King Institute of Preventive Medicine Micro-Biological Section reports 1909-11
Year: 1909
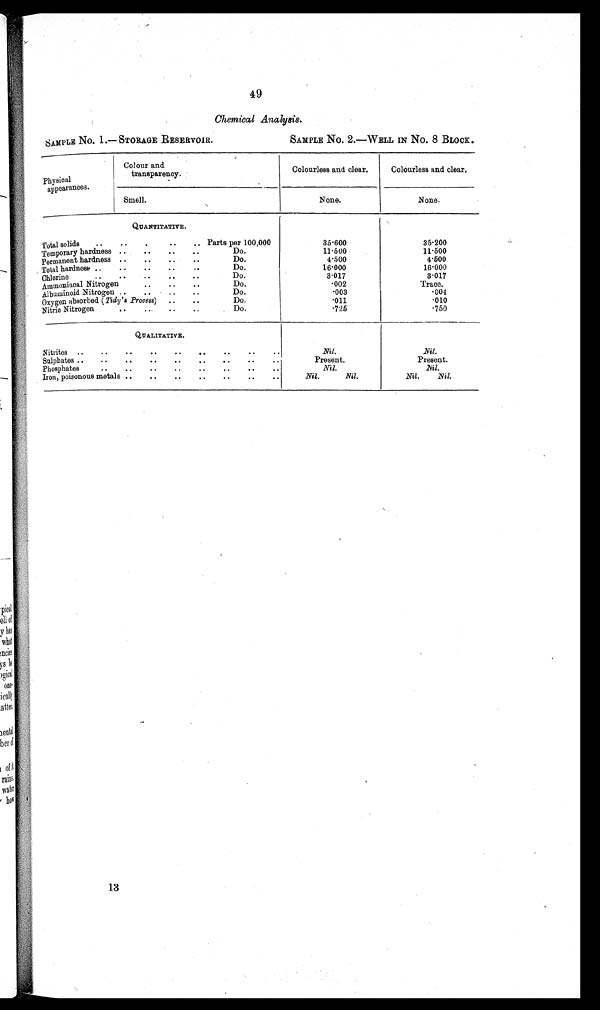
49
Chemical Analysis.
SAMPLE NO. 1. — STORAGE RESERVOIR.
SAMPLE NO. 2. —WELL IN No. 8 BLOCK.
Physical
appearances.
Colour and
transparency.
Colourless and clear.
Colourless and clear.
Smell.
None.
N o n e
QUANTITATIVE.
Parts per 100,000
Do.
Do.
Do.
Do.
Do.
Do.
Do.
Do.
35.600
11. 500
4.500
16.000
3.017
002
003
.011
. 7 2 5
35.200
11. 500
4.500
16.000
3.017
Trace.
0 0 4
. 0 1 0
750
Total solids
.
..
..
..
Temporary hardness ..
. .
Permanent hardness ..
Total hardness ..
..
..
..
Chlorine
..
..
..
..
Ammouiacal Nitrogen
..
..
Albuminoid Nitrogen ..
..
..
..
Oxygen absorbed (Tidy's Process)
..
..
Nitric Nitrogen
QUALITATIVE.
Ni l .
Present.
Nil.
Nil.
Nil.
Nil
Present.
N i l .
Nil.
Nil.
Nitrites
..
..
..
..
—
..
..
..
Sulphates ..
..
00
44
..
..
..
..
Phosphates
..
0
0 0
.
..
0.
..
0 7
.
Iron, poisonous metals ..
..
..
..
..
.
13